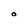
Character: O